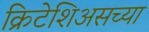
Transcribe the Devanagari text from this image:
क्रिटेशिअसच्या